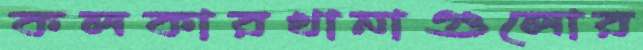
কলকারখানাগুলোর